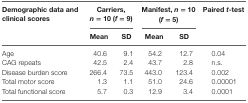
<table><thead><tr><td><b>Demographic data and clinical scores</b></td><td colspan="2"><b>Carriers, <i>n</i> = 10 (<i>f</i> = 9)</b></td><td colspan="2"><b>Manifest, <i>n</i> = 10 (<i>f</i> = 5)</b></td><td><b>Paired <i>t</i>-test</b></td></tr><tr><td></td><td><b>Mean</b></td><td><b>SD</b></td><td><b>Mean</b></td><td><b>SD</b></td><td></td></tr></thead><tbody><tr><td>Age</td><td>40.6</td><td>9.1</td><td>54.2</td><td>12.7</td><td>0.04</td></tr><tr><td>CAG repeats</td><td>42.5</td><td>2.4</td><td>43.7</td><td>2.8</td><td>n.s.</td></tr><tr><td>Disease burden score</td><td>266.4</td><td>73.5</td><td>443.0</td><td>123.4</td><td>0.002</td></tr><tr><td>Total motor score</td><td>1.3</td><td>1.1</td><td>51.0</td><td>24.6</td><td>0.00001</td></tr><tr><td>Total functional score</td><td>5.7</td><td>0.3</td><td>12.9</td><td>3.4</td><td>0.0001</td></tr></tbody></table>